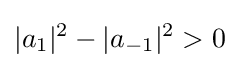
|a_{1}|^{2}-|a_{-1}|^{2}>0